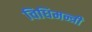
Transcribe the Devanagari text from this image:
विधिमन्त्री